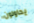
يحاولون